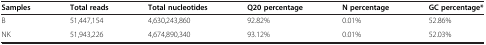
<table><thead><tr><td><b>Samples</b></td><td><b>Total reads</b></td><td><b>Total nucleotides</b></td><td><b>Q20 percentage</b></td><td><b>N percentage</b></td><td><b>GC percentage*</b></td></tr></thead><tbody><tr><td>B</td><td>51,447,154</td><td>4,630,243,860</td><td>92.82%</td><td>0.01%</td><td>52.86%</td></tr><tr><td>NK</td><td>51,943,226</td><td>4,674,890,340</td><td>93.12%</td><td>0.01%</td><td>52.03%</td></tr></tbody></table>